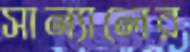
সান্যালের